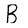
Character: B